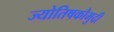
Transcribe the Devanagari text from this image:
ज्योतिषकौमुदी